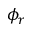
\phi _ { r }